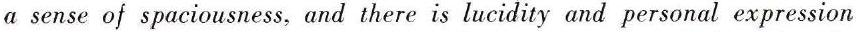
a sense of spaciousness, and there is lucidity and personal expression